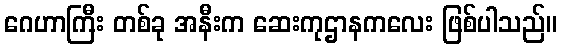
ဂေဟာကြီး တစ်ခု အနီးက ဆေးကုဌာနကလေး ဖြစ်ပါသည်။